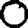
Digit: 0